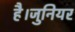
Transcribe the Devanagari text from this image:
है।जुनियर